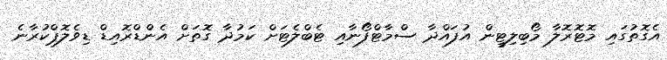
އެގޮތުގައި މޮޓޮރޮލާ މޯބިލިޓީން އުފައްދާ ސްމާޓްފޯނާއި ޓެބްލެޓަށް ކަމުދާ ގޮތަށް އެންޑްރޮއިޑް ޑިވެލޮޕްކުރާނެ